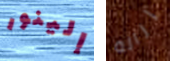
إلينور إزالة